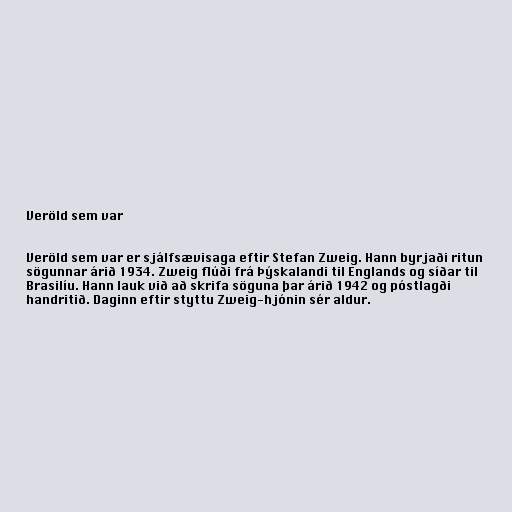
Veröld sem var

Veröld sem var er sjálfsævisaga eftir Stefan Zweig. Hann byrjaði ritun
sögunnar árið 1934. Zweig flúði frá Þýskalandi til Englands og síðar til
Brasilíu. Hann lauk við að skrifa söguna þar árið 1942 og póstlagði
handritið. Daginn eftir styttu Zweig-hjónin sér aldur.